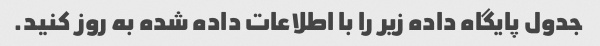
جدول پایگاه داده زیر را با اطلاعات داده شده به روز کنید.